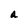
Character: a